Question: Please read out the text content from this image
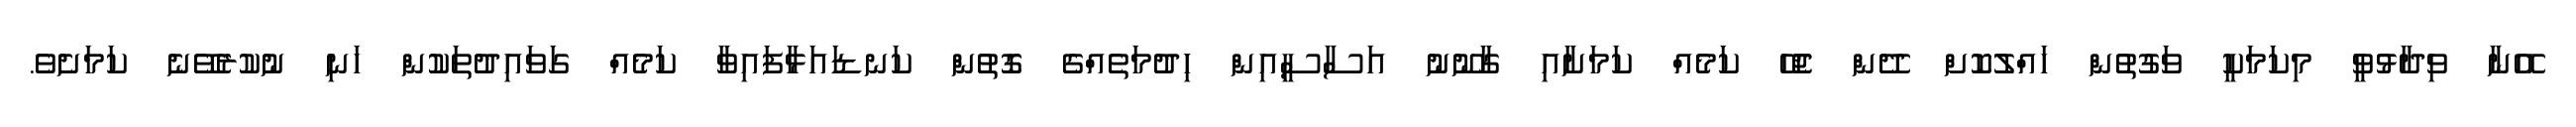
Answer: އޭނާ ވިދާޅުވީ މިކަމަކީ ވަގުތުން ހައްލުކޮށް ދޭން ޖެހޭ ކަމެއް ކަމަށާއި ގާނޫނު އަސާސީއިން ހިދުމަތެއްގެ ގޮތުން ކަނޑައަޅާފައިވާ ކަމެއް ގަވައިދުތަކުން ހަނި ނުކުރެވޭނެ ކަމަށެވެ.